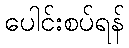
ပေါင်းစပ်ရန်